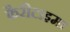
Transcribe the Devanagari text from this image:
फैरीटाइमा